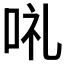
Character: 𠲥